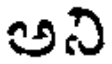
అని